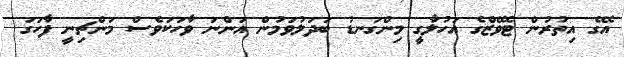
އޭގެ އިތުރުން ޓެވޭޒްގެ އަހުލާގީ މިންގަނޑު ބަދަލުވަމުން އަންނަ ވާހަކަވެސް މަންޗިނީ ފާހަގަ